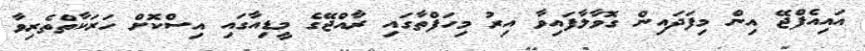
އައިއެފްޖޭ އިން މިފަދައިން ގޮވާލާފައިވާ އިރު މިހަފްތާގައި ރާއްޖޭގެ މީޑިއާގައި އިސްކޮށް ހަރަކާތްތެރިވާ